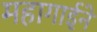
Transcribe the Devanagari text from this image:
महागाईने